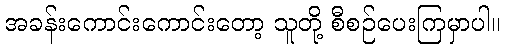
အခန်းကောင်းကောင်းတော့ သူတို့ စီစဉ်ပေးကြမှာပါ။